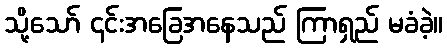
သို့သော် ၎င်းအခြေအနေသည် ကြာရှည် မခံခဲ့။